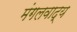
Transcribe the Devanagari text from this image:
मंगलवाद्य